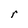
Character: r